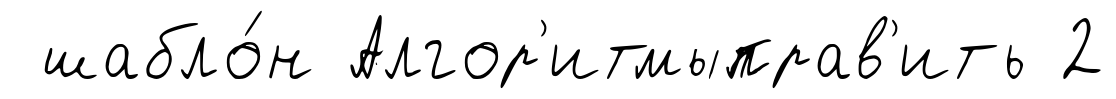
шабло́н Алгор'итмыправ'ить 2